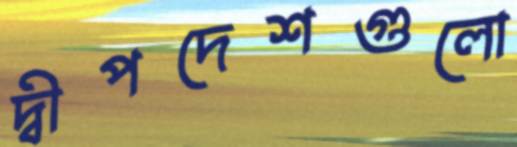
দ্বীপদেশগুলো